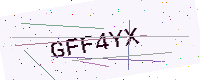
Text: GFF4YX